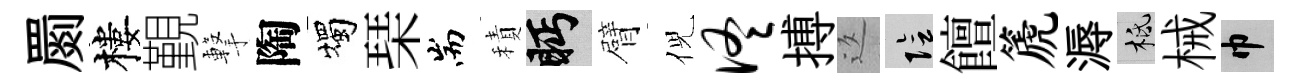
罽樓覲撃陶燭琹耑積眄臂倪佟搏返隂饘篪溽柢械巾